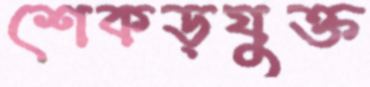
শেকড়যুক্ত